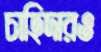
চাহিদারও